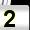
Digit: 2